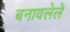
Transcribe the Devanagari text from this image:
बनावलेले